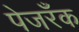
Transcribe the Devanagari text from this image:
पेजरॅँक